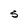
Character: S